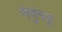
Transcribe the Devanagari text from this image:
नेदुंगडु